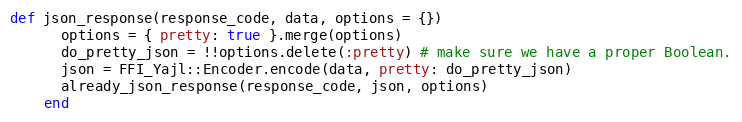
Language: Ruby
def json_response(response_code, data, options = {})
      options = { pretty: true }.merge(options)
      do_pretty_json = !!options.delete(:pretty) # make sure we have a proper Boolean.
      json = FFI_Yajl::Encoder.encode(data, pretty: do_pretty_json)
      already_json_response(response_code, json, options)
    end